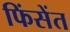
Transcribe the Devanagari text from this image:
फिंसेंत